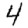
Digit: 4